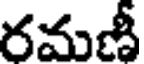
రమణీ